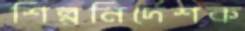
শিল্পনির্দেশক